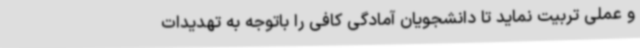
و عملی تربیت نماید تا دانشجویان آمادگی کافی را باتوجه به تهدیدات